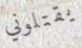
يقتلوني